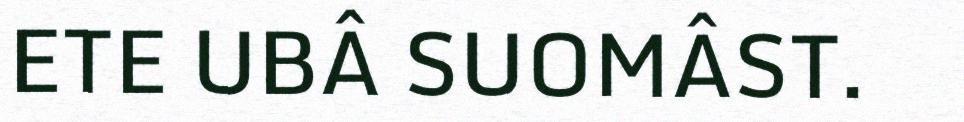
ETE UBÂ SUOMÂST.